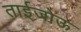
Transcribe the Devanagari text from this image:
ताईजोऊ